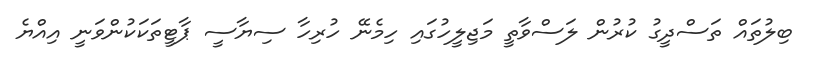
ބިލުތައް ތަސްދީގު ކުރުން ލަސްވާތީ މަޖިލީހުގައި ހިމެނޭ ހުރިހާ ސިޔާސީ ޕާޓީތަކަކުންވަނީ އިއްޔެ